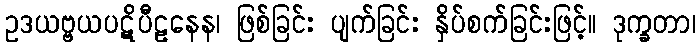
ဥဒယဗ္ဗယပဋိပီဠနေန၊ ဖြစ်ခြင်း ပျက်ခြင်း နှိပ်စက်ခြင်းဖြင့်။ ဒုက္ခတာ၊